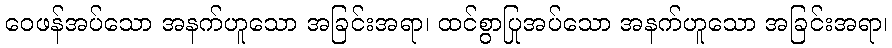
ဝေဖန်အပ်သော အနက်ဟူသော အခြင်းအရာ၊ ထင်စွာပြုအပ်သော အနက်ဟူသော အခြင်းအရာ၊